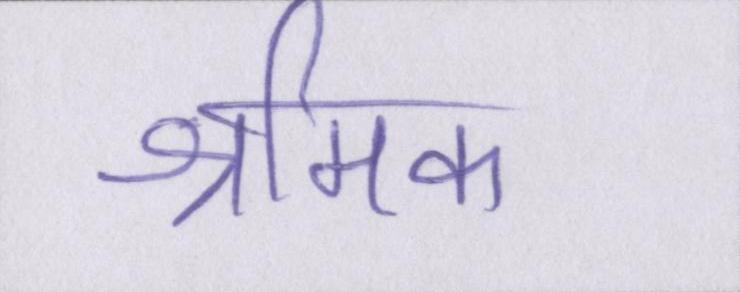
श्रमिक